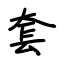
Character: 套